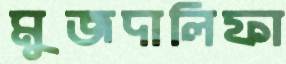
মুজদালিফা